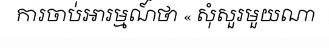
ការចាប់អារម្មណ៍ថា « សុំសួរមួយណា